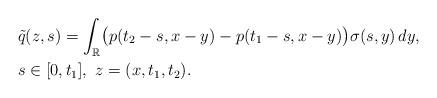
LaTeX: \begin{align*}&\tilde{q}(z,s)=\int_{\mathbb R} \bigl({p}(t_2-s,x-y)-{p}(t_1-s, x-y) \bigr)\sigma(s, y)\,dy,\\&s\in[0,t_1],\ z=(x,t_1,t_2).\end{align*}